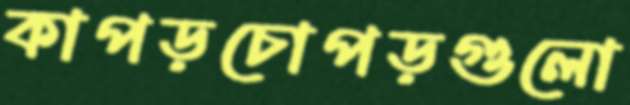
কাপড়চোপড়গুলো